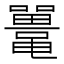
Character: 鼍